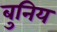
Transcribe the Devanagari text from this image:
बुनिय